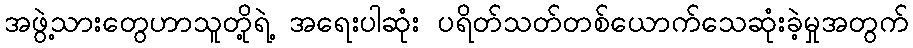
အဖွဲ့သားတွေဟာသူတို့ရဲ့ အရေးပါဆုံး ပရိတ်သတ်တစ်ယောက်သေဆုံးခဲ့မှုအတွက်